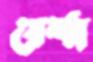
বেশ্ম